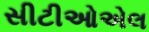
સીટીઓએલ